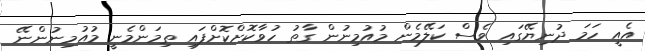
އެއީ ހަމަ ދުނިޔޭގައި ވެސް ކަލޭމެން މުއުމިނުން ގާތު ހުވާކޮށްކޮށްފައި ތިމަންމެނީ މުއުމިނުންނޭ